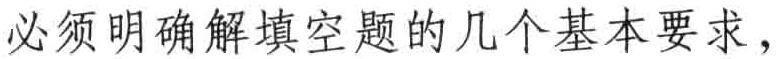
必须明确解填空题的几个基本要求，